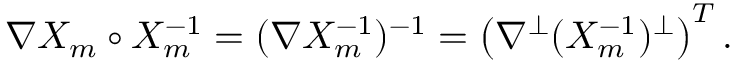
\nabla X _ { m } \circ X _ { m } ^ { - 1 } = ( \nabla X _ { m } ^ { - 1 } ) ^ { - 1 } = \bigl ( \nabla ^ { \perp } ( X _ { m } ^ { - 1 } ) ^ { \perp } \bigr ) ^ { T } \, .